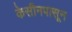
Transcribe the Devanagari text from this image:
केसीनपासून